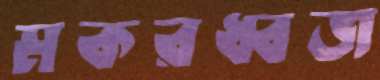
মকরধ্বজ